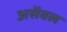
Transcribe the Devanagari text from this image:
असेंबल